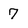
Character: 7